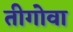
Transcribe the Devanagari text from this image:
तीगोवा